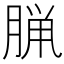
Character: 𫞇